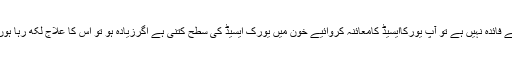
جواب: اگر اس دوا سے فائدہ نہیں ہے تو آپ یورکاایسیڈ کامعائنہ کروائیے خون میں یورک ایسیڈ کی سطح کتنی ہے اگرزیادہ ہو تو اس کا علاج لکھ رہا ہوں انشاء اللہ فائدہ ہوگا ۔